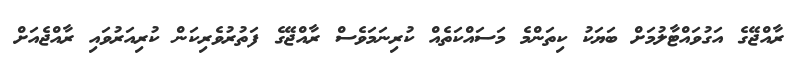
ރާއްޖޭގެ އަގުވައްޓާލުމަށް ބަޔަކު ކިތަންމެ މަސައްކަތެއް ކުރިނަމަވެސް ރާއްޖޭގެ ފަތުރުވެރިކަން ކުރިއަރުވައި ރާއްޖެއަށް